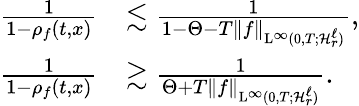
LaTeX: \begin{array}{rl}{\frac{1}{1-\rho_{f}(t,x)}}&{\lesssim\frac{1}{1-\Theta-T\Vert f\Vert_{\mathrm{L}^{\infty}(0,T;\mathcal{H}_{r}^{\ell})}},}\\ {\frac{1}{1-\rho_{f}(t,x)}}&{\gtrsim\frac{1}{\Theta+T\Vert f\Vert_{\mathrm{L}^{\infty}(0,T;\mathcal{H}_{r}^{\ell})}}.}\end{array}